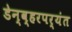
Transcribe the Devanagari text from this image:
डेन्व्हरपर्यंत